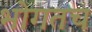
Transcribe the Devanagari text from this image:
भोगतच